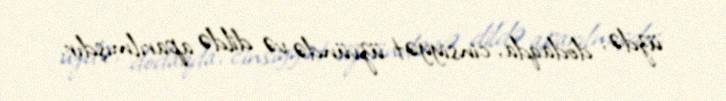
üzdə, dodaqda, cinsiyyət üzvündə və dildə aparılmışdır.